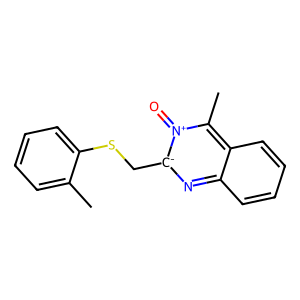
SMILES: Cc1ccccc1SC[c-]1nc2ccccc2c(C)[n+]1=O
Inhibits HIV replication: Yes